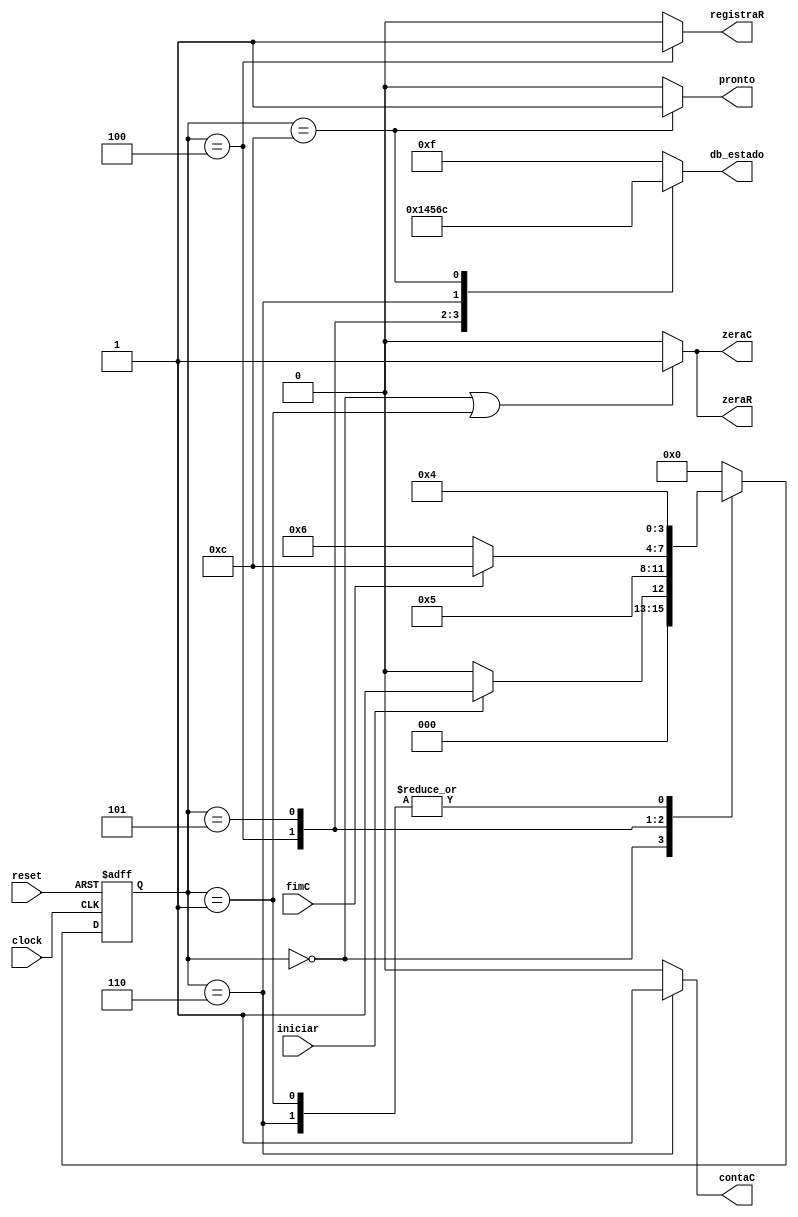
//------------------------------------------------------------------
// Arquivo   : exp4_unidade_controle.v
// Projeto   : Experiencia 4 - Projeto de uma Unidade de Controle
//------------------------------------------------------------------
// Descricao : Unidade de controle
//
// usar este codigo como template (modelo) para codificar 
// mquinas de estado de unidades de controle            
//------------------------------------------------------------------
// Revisoes  :
//     Data        Versao  Autor             Descricao
//     14/01/2024  1.0     Edson Midorikawa  versao inicial
//------------------------------------------------------------------
//
module exp4_unidade_controle (
    input      clock,
    input      reset,
    input      iniciar,
    input      fimC,
    output reg zeraC,
    output reg contaC,
    output reg zeraR,
    output reg registraR,
    output reg pronto,
    output reg [3:0] db_estado
);

    // Define estados
    parameter inicial    = 4'b0000;  // 0
    parameter preparacao = 4'b0001;  // 1
    parameter registra   = 4'b0100;  // 4
    parameter comparacao = 4'b0101;  // 5
    parameter proximo    = 4'b0110;  // 6
    parameter fim        = 4'b1100;  // C

    // Variaveis de estado
    reg [3:0] Eatual, Eprox;

    // Memoria de estado
    always @(posedge clock or posedge reset) begin
        if (reset)
            Eatual <= inicial;
        else
            Eatual <= Eprox;
    end

    // Logica de proximo estado
    always @* begin
        case (Eatual)
            inicial:     Eprox = iniciar ? preparacao : inicial;
            preparacao:  Eprox = registra;
            registra:    Eprox = comparacao;
            comparacao:  Eprox = fimC ? fim : proximo;
            proximo:     Eprox = registra;
            fim:         Eprox = inicial;
            default:     Eprox = inicial;
        endcase
    end

    // Logica de saida (maquina Moore)
    always @* begin
        zeraC     = (Eatual == inicial || Eatual == preparacao) ? 1'b1 : 1'b0;
        zeraR     = (Eatual == inicial || Eatual == preparacao) ? 1'b1 : 1'b0;
        registraR = (Eatual == registra) ? 1'b1 : 1'b0;
        contaC    = (Eatual == proximo) ? 1'b1 : 1'b0;
        pronto    = (Eatual == fim) ? 1'b1 : 1'b0;

        // Saida de depuracao (estado)
        case (Eatual)
            inicial:     db_estado = 4'b0000;  // 0
            preparacao:  db_estado = 4'b0001;  // 1
            registra:    db_estado = 4'b0100;  // 4
            comparacao:  db_estado = 4'b0101;  // 5
            proximo:     db_estado = 4'b0110;  // 6
            fim:         db_estado = 4'b1100;  // C
            default:     db_estado = 4'b1111;  // F
        endcase
    end

endmodule